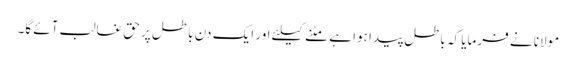
مولانا نے فرمایا کہ باطل پیدا ہوا ہے مٹنے کیلئے اور ایک دن باطل پر حق غالب آئے گا۔